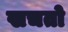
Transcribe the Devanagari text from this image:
खचतो